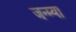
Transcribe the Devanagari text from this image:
जन्म्या